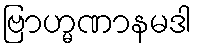
ဗြာဟ္မဏာနမဒါ